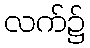
လက်၌